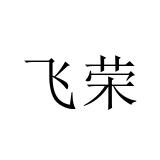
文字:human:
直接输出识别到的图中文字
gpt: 飞荣